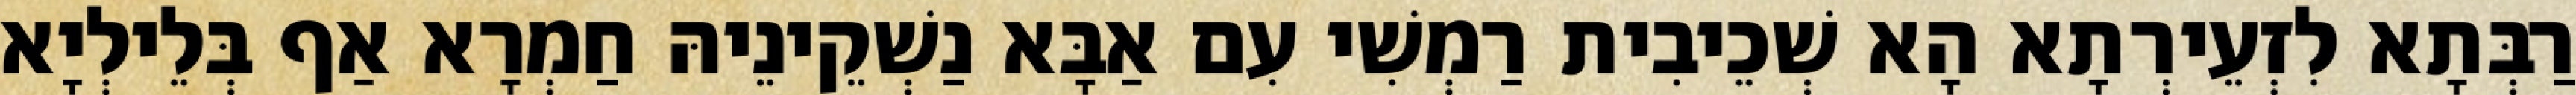
רַבְּתָא לִזְעֵירְתָא הָא שְׁכֵיבִית רַמְשִׁי עִם אַבָּא נַשְׁקֵינֵיהּ חַמְרָא אַף בְּלֵילְיָא